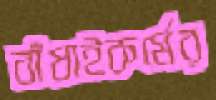
বাঁধাইকর্মের